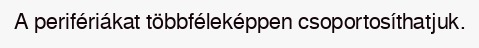
A perifériákat többféleképpen csoportosíthatjuk.